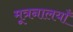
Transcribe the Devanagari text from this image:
मूत्रनालयाँ